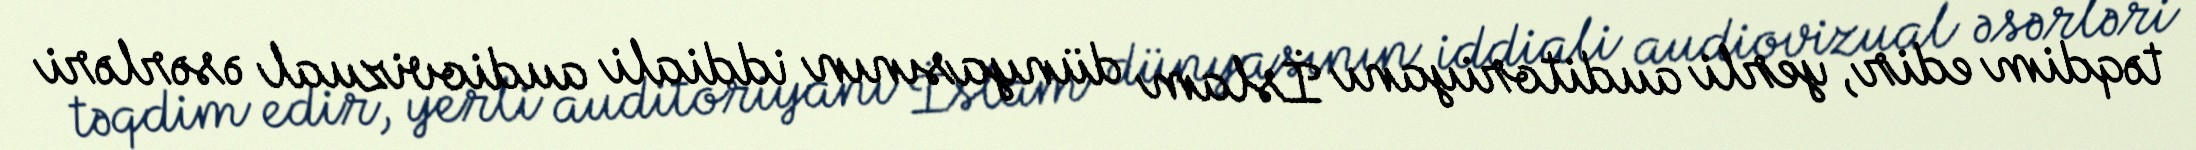
təqdim edir, yerli auditoriyanı İslam dünyasının iddiali audiovizual əsərləri